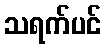
သရက်ပင်